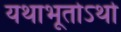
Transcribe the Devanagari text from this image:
यथाभूतोऽर्थो